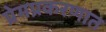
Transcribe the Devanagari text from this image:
प्रेमप्रकरणात